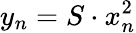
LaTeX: y_{n}=S\cdot x_{n}^{2}